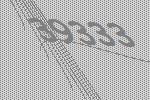
39333